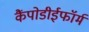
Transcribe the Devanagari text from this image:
कैंपोडीईफॉर्म